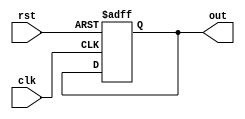
module Loop_with_Skip (
    input clk,
    input rst,
    output reg out
);

reg [3:0] iteration;

always @(posedge clk or posedge rst) begin
    if (rst) begin
        iteration <= 0;
        out <= 0;
    end else begin
        case(iteration)
            0: begin
                // First iteration
                // Code block to be executed
                iteration <= iteration + 1;
            end
            1: begin
                // Second iteration
                // Skip statement
                if (condition) begin
                    iteration <= iteration + 2; // Skip next iteration
                end else begin
                    // Code block to be executed
                    iteration <= iteration + 1;
                end
            end
            2: begin
                // Third iteration
                // Code block to be executed
                iteration <= iteration + 1;
            end
            3: begin
                // Fourth iteration
                // Code block to be executed
                iteration <= iteration + 1;
            end
        endcase
    end
end

endmodule